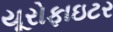
યૂરોફાઇટર